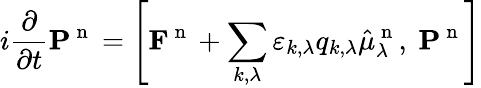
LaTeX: i\frac{\partial}{\partial t}\mathbf{P}^{\mathrm{~n~}}=\left[\mathbf{F}^{\mathrm{~n~}}+\sum_{k,\lambda}\varepsilon_{k,\lambda}q_{k,\lambda}\hat{\mu}_{\lambda}^{\mathrm{~n~}},\ \mathbf{P}^{\mathrm{~n~}}\right]